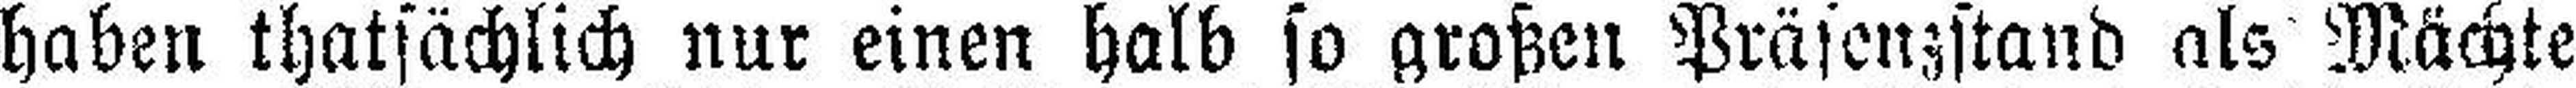
haben thatsächlich nur einen halb so großen Präsenzstand als Mächte